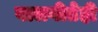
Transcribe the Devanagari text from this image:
बालगीतेही